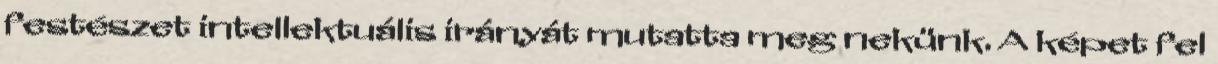
festészet intellektuális irányát mutatta meg nekünk. A képet fel